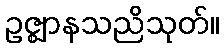
ဥဇ္ဈာနသညိသုတ်။